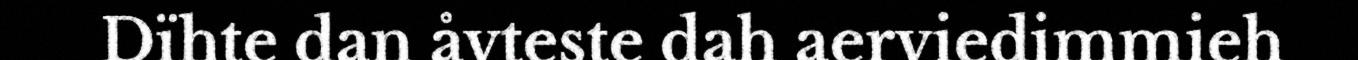
Dïhte dan åvteste dah aerviedimmieh